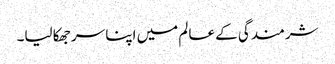
شرمندگی کے عالم میں اپنا سر جھکا لیا۔